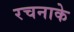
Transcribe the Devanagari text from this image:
रचनाके